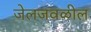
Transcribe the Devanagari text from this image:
जेलजवळील